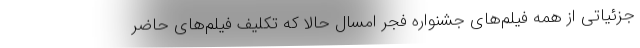
جزئیاتی از همه فیلم‌های جشنواره فجر امسال حالا که تکلیف فیلم‌های حاضر